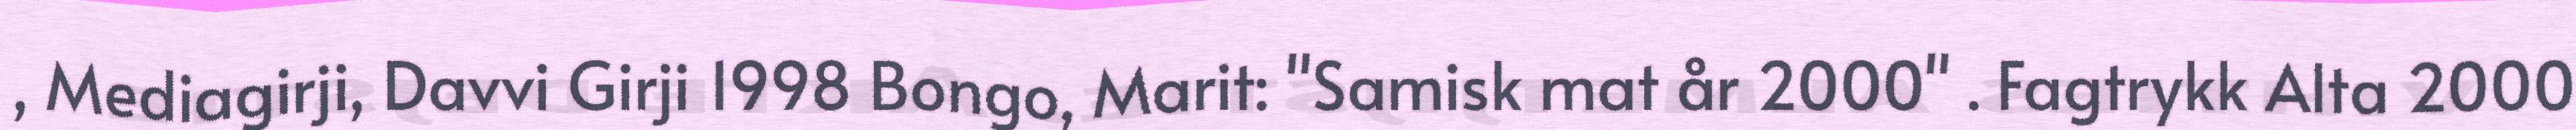
, Mediagirji, Davvi Girji 1998 Bongo, Marit: "Samisk mat år 2000" . Fagtrykk Alta 2000